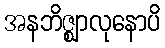
အနဘိဇ္ဈာလုနောပိ